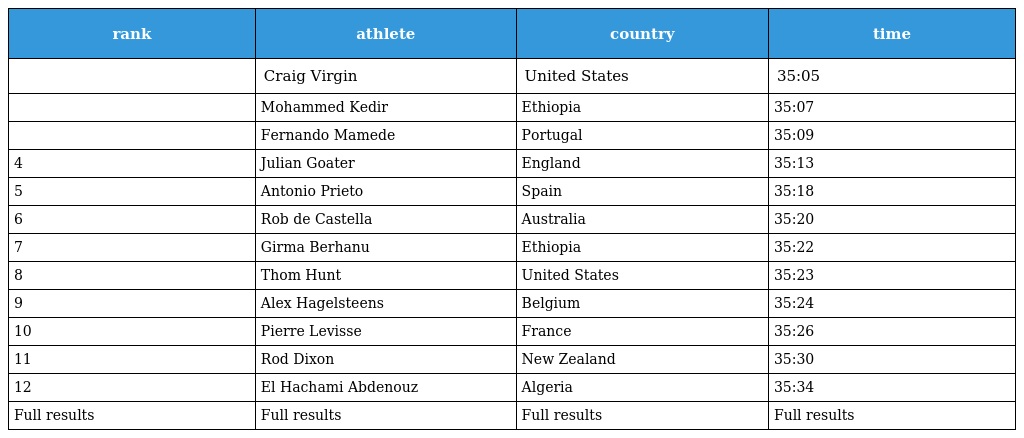
| rank | athlete | country | time |
 | --- | --- | --- | --- |
 |  | Craig Virgin | United States | 35:05 |
 |  | Mohammed Kedir | Ethiopia | 35:07 |
 |  | Fernando Mamede | Portugal | 35:09 |
 | 4 | Julian Goater | England | 35:13 |
 | 5 | Antonio Prieto | Spain | 35:18 |
 | 6 | Rob de Castella | Australia | 35:20 |
 | 7 | Girma Berhanu | Ethiopia | 35:22 |
 | 8 | Thom Hunt | United States | 35:23 |
 | 9 | Alex Hagelsteens | Belgium | 35:24 |
 | 10 | Pierre Levisse | France | 35:26 |
 | 11 | Rod Dixon | New Zealand | 35:30 |
 | 12 | El Hachami Abdenouz | Algeria | 35:34 |
 | Full results | Full results | Full results | Full results |